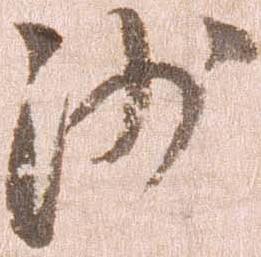
沙